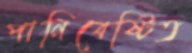
পানিবেষ্টিত